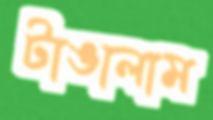
টাঙালাম